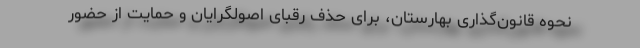
نحوه قانون‌گذاری بهارستان، برای حذف رقبای اصولگرایان و حمایت از حضور